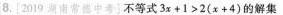
8.[2019湖南常德中考}不等式$$3 x + 1 > 2 ( x + 4 )$$的解集